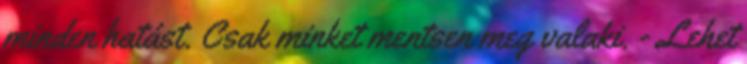
minden hatást. Csak minket mentsen meg valaki. - Lehet